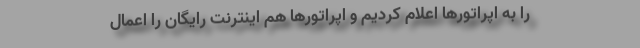
را به اپراتورها اعلام کردیم و اپراتورها هم اینترنت رایگان را اعمال